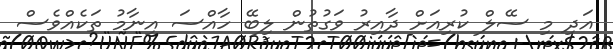
އަދި މި ސޭލް ކުރިއަށް ދާއިރު ވަގުތުން ލިބޭ ހާއްސަ އިނާމު ތަކެއްވެސް